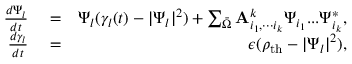
\begin{array} { r l r } { \frac { d \Psi _ { l } } { d t } } & { { } = } & { \Psi _ { l } ( \gamma _ { l } ( t ) - | \Psi _ { l } | ^ { 2 } ) + \sum _ { \bar { \Omega } } { \bf A } _ { i _ { 1 } , { \tiny { \cdot \cdot \cdot } } i _ { k } } ^ { k } \Psi _ { i _ { 1 } } { \tiny { . . . } } \Psi _ { i _ { k } } ^ { * } , } \\ { \frac { d \gamma _ { l } } { d t } } & { { } = } & { \epsilon ( \rho _ { \mathrm { t h } } - | \Psi _ { l } | ^ { 2 } ) , } \end{array}